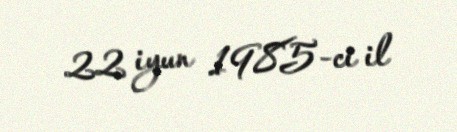
22 iyun 1985-ci il